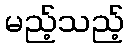
မည့်သည့်